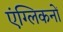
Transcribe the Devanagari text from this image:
एंग्लिकनों